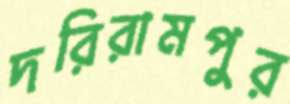
দরিরামপুর